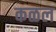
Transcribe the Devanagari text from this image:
कळल